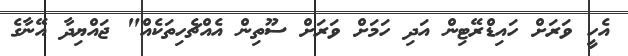
އެހީ ވަރަށް ހައިޑްރޭޓިން އަދި ހަމަށް ވަރަށް ސޫތިން އެއްޗެހިތަކެއް" ޖައްޔިދާ އޭނާގެ